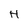
Character: H